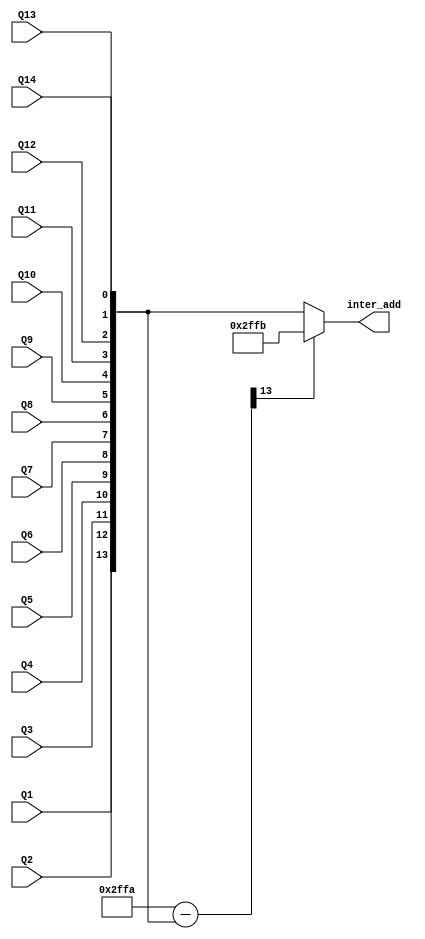
`timescale 1ns / 1ps
//////////////////////////////////////////////////////////////////////////////////
// Company: 
// Engineer: 
// 
// Design Name: 
// Module Name: comp_unit_
// Project Name: 
// Target Devices: 
// Tool Versions: 
// Description: 
// 
// Dependencies: 
// 
// Revision:
// Revision 0.01 - File Created
// Additional Comments:
// 
//////////////////////////////////////////////////////////////////////////////////


module comp_unit(inter_add,Q1,Q2,Q3,Q4,Q5,Q6,Q7,Q8,Q9,Q10,Q11,Q12,Q13,Q14);
input Q1,Q2,Q3,Q4,Q5,Q6,Q7,Q8,Q9,Q10,Q11,Q12,Q13,Q14;
output reg [13:0] inter_add;
wire [13:0] N,p;
wire msb;

assign N=14'b10111111111010;
assign p=N-{Q1,Q2,Q3,Q4,Q5,Q6,Q7,Q8,Q9,Q10,Q11,Q12,Q13,Q14};
assign msb=p[13];
always@(*)
begin
if(msb) inter_add=N+1;
else inter_add={Q1,Q2,Q3,Q4,Q5,Q6,Q7,Q8,Q9,Q10,Q11,Q12,Q13,Q14};
end
endmodule